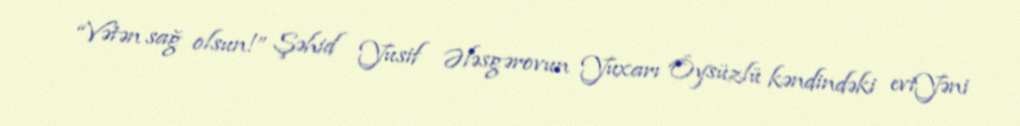
“Vətən sağ olsun!” Şəhid Yusif Ələsgərovun Yuxarı Öysüzlü kəndindəki eviYəni